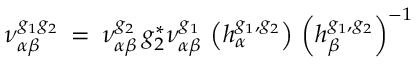
\nu _ { \alpha \beta } ^ { g _ { 1 } g _ { 2 } } \: = \: \nu _ { \alpha \beta } ^ { g _ { 2 } } \, g _ { 2 } ^ { * } \nu _ { \alpha \beta } ^ { g _ { 1 } } \, \left( h _ { \alpha } ^ { g _ { 1 } , g _ { 2 } } \right) \, \left( h _ { \beta } ^ { g _ { 1 } , g _ { 2 } } \right) ^ { - 1 }